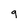
Character: 9